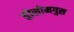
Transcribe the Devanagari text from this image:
ड्रोसोमगुस